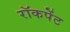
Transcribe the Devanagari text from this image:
रॉकपेंट